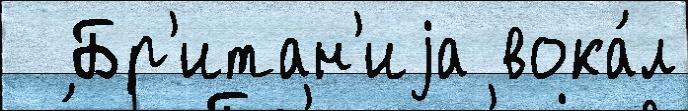
  Бр'итан'иjа вока́л